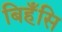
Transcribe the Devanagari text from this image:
बिहँसि